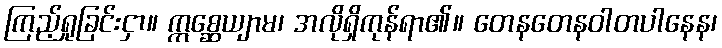
ကြည့်ရှုခြင်းငှာ။ ဣစ္ဆေယျာမ၊ အလိုရှိကုန်ရာ၏။ တေနတေနဝါတပါနေန၊